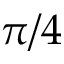
\pi / 4